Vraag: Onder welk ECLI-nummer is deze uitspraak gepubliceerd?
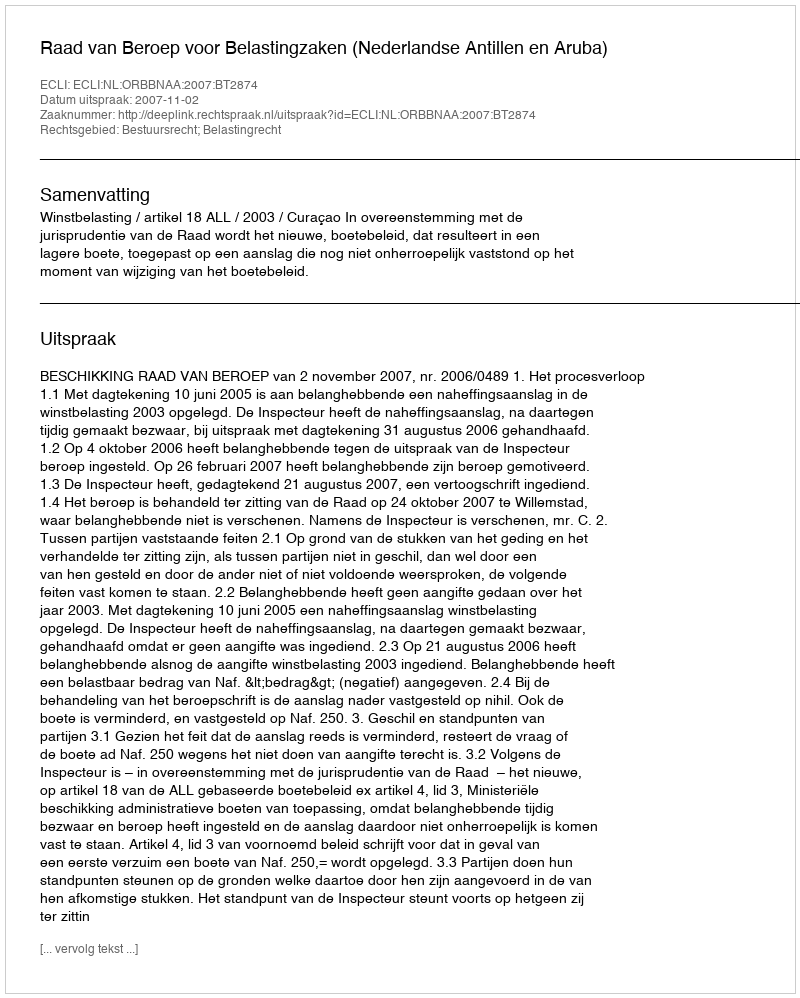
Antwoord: ECLI:NL:ORBBNAA:2007:BT2874